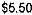
$5.50